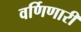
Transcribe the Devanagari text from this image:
वर्णिणारी